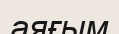
аяғым